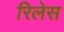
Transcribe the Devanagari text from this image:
रिलेस